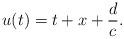
LaTeX: \begin{align*}u(t) = t+x+\frac{d}{c}.\end{align*}